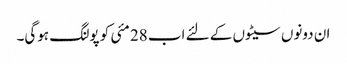
ان دونوں سیٹوں کے لئے اب 28 مئی کو پولنگ ہوگی۔